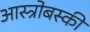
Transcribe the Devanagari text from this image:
आस्त्रोबस्की